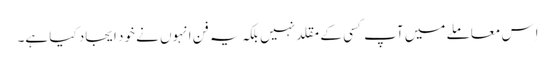
اِس معاملے میں آپ کسی کے مقلد نہیں بلکہ یہ فن انہوں نے خود ایجاد کیا ہے۔